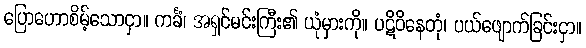
ပြောဟောစိမ့်သောငှာ။ ကင်္ခံ၊ အရှင်မင်းကြီး၏ ယုံမှားကို။ ပဋိဝိနေတုံ၊ ပယ်ဖျောက်ခြင်းငှာ။